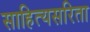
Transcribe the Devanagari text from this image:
साहित्यसरिता